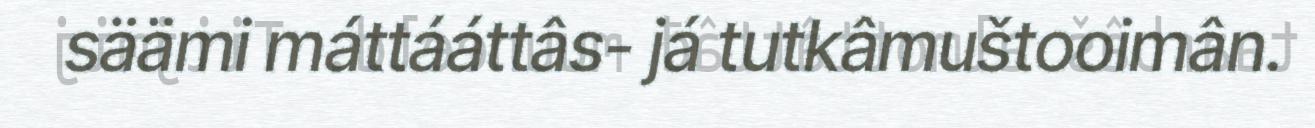
säämi máttááttâs- já tutkâmuštooimân.